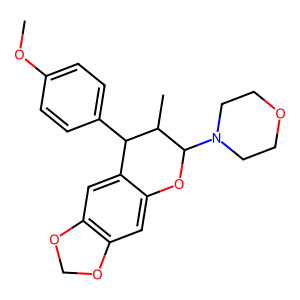
SMILES: COc1ccc(C2c3cc4c(cc3OC(N3CCOCC3)C2C)OCO4)cc1
Inhibits HIV replication: No